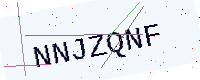
Text: NNJZQNF